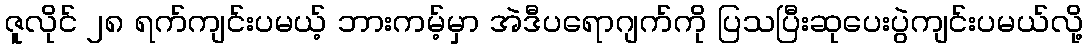
ဇူလိုင် ၂၈ ရက်ကျင်းပမယ့် ဘားကမ့်မှာ အဲဒီပရောဂျက်ကို ပြသပြီးဆုပေးပွဲကျင်းပမယ်လို့